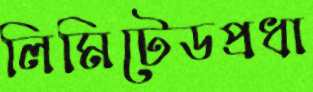
লিমিটেডপ্রধা